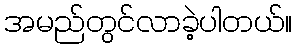
အမည်တွင်လာခဲ့ပါတယ်။